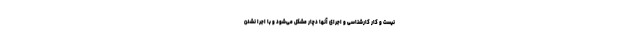
نیست و کار کارشناسی و اجرای آنها دچار مشکل می‌شود و با اجرا نشدن